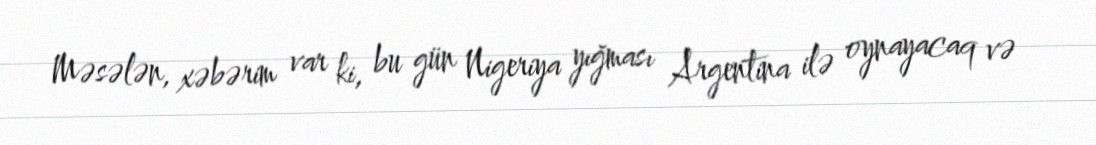
Məsələn, xəbərim var ki, bu gün Nigeriya yığması Argentina ilə oynayacaq və